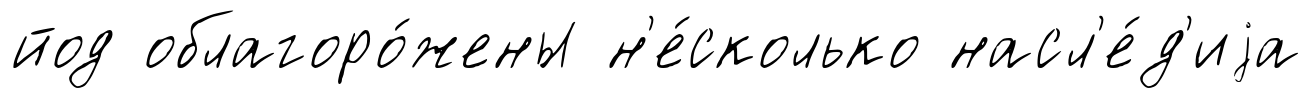
йод облагоро́жены н'е́сколько насл'е́д'иjа